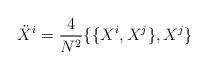
LaTeX: \begin{align*}{\ddot X}^i = \frac{4}{N^2} \{ \{ X^i, X^j \}, X^j \}\end{align*}